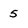
Character: 5